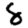
Digit: 8